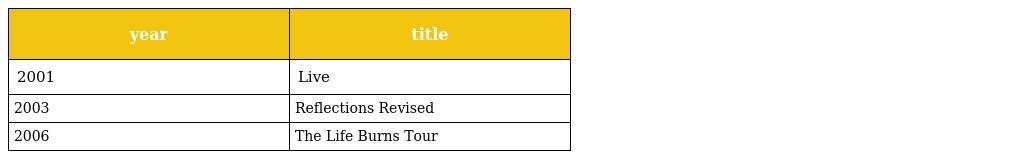
| year | title |
 | --- | --- |
 | 2001 | Live |
 | 2003 | Reflections Revised |
 | 2006 | The Life Burns Tour |